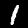
Digit: 1